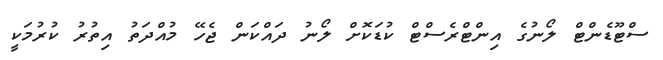
ސްޓޫޑެންޓް ލޯނުގެ އިންޓްރެސްޓް ކުޑަކޮށް ލޯނު ދައްކަން ޖެހޭ މުއްދަތު އިތުރު ކުރުމަކީ